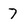
Character: 7